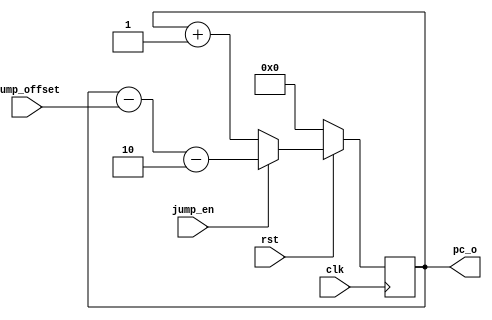
`timescale 1ns / 1ps
//////////////////////////////////////////////////////////////////////////////////
// Company: 
// Engineer: 
// 
// Design Name: 
// Module Name: PC_reg
// Project Name: 
// Target Devices: 
// Tool Versions: 
// Description: 
// 
// Dependencies: 
// 
// Revision:
// Revision 0.01 - File Created
// Additional Comments:
// 
//////////////////////////////////////////////////////////////////////////////////


module PC_reg(
    input wire clk,
    input wire rst,
    
    // from ctrl
    input wire jump_en,
    input wire [5:0] jump_offset,
    
    output reg[6:0] pc_o
    );
    
    always @(posedge clk) begin
        if (rst == 1 'b0) begin
            pc_o <= 7 'b0;
        end else if (jump_en) begin
            pc_o <= pc_o - {1'b0,jump_offset[5:0]} - 7'd2;
        end else begin
            pc_o <= pc_o + 7 'd1;
        end
    end
endmodule